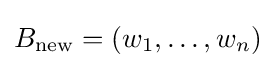
B_{\mathrm {new} }=(w_{1},\ldots ,w_{n})